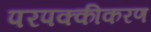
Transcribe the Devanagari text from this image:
परपक्कीकरण